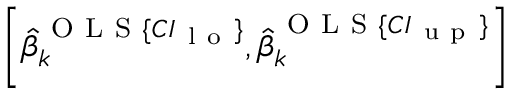
\left[ \hat { \beta } _ { k } ^ { \mathrm { ~ O ~ L ~ S ~ } \{ C I _ { \mathrm { ~ l ~ o ~ } } \} } , \hat { \beta } _ { k } ^ { \mathrm { ~ O ~ L ~ S ~ } \{ C I _ { \mathrm { ~ u ~ p ~ } } \} } \right]